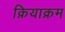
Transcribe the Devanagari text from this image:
क्रियाक्रम